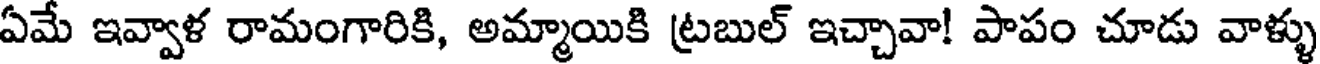
ఏమే ఇవ్వాళ రామంగారికి, అమ్మాయికి ట్రబుల్ ఇచ్చావా! పాపం చూడు వాళ్ళు